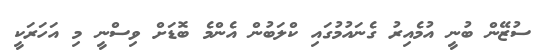
ސުޒޭން ބުނީ އުމެއިރު ގެނައުމުގައި ކްލަބުން އެންމެ ބޮޑަށް ވިސްނީ މި އަހަރަކީ